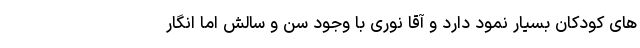
های کودکان بسیار نمود دارد و آقا نوری با وجود سن و سالش اما انگار